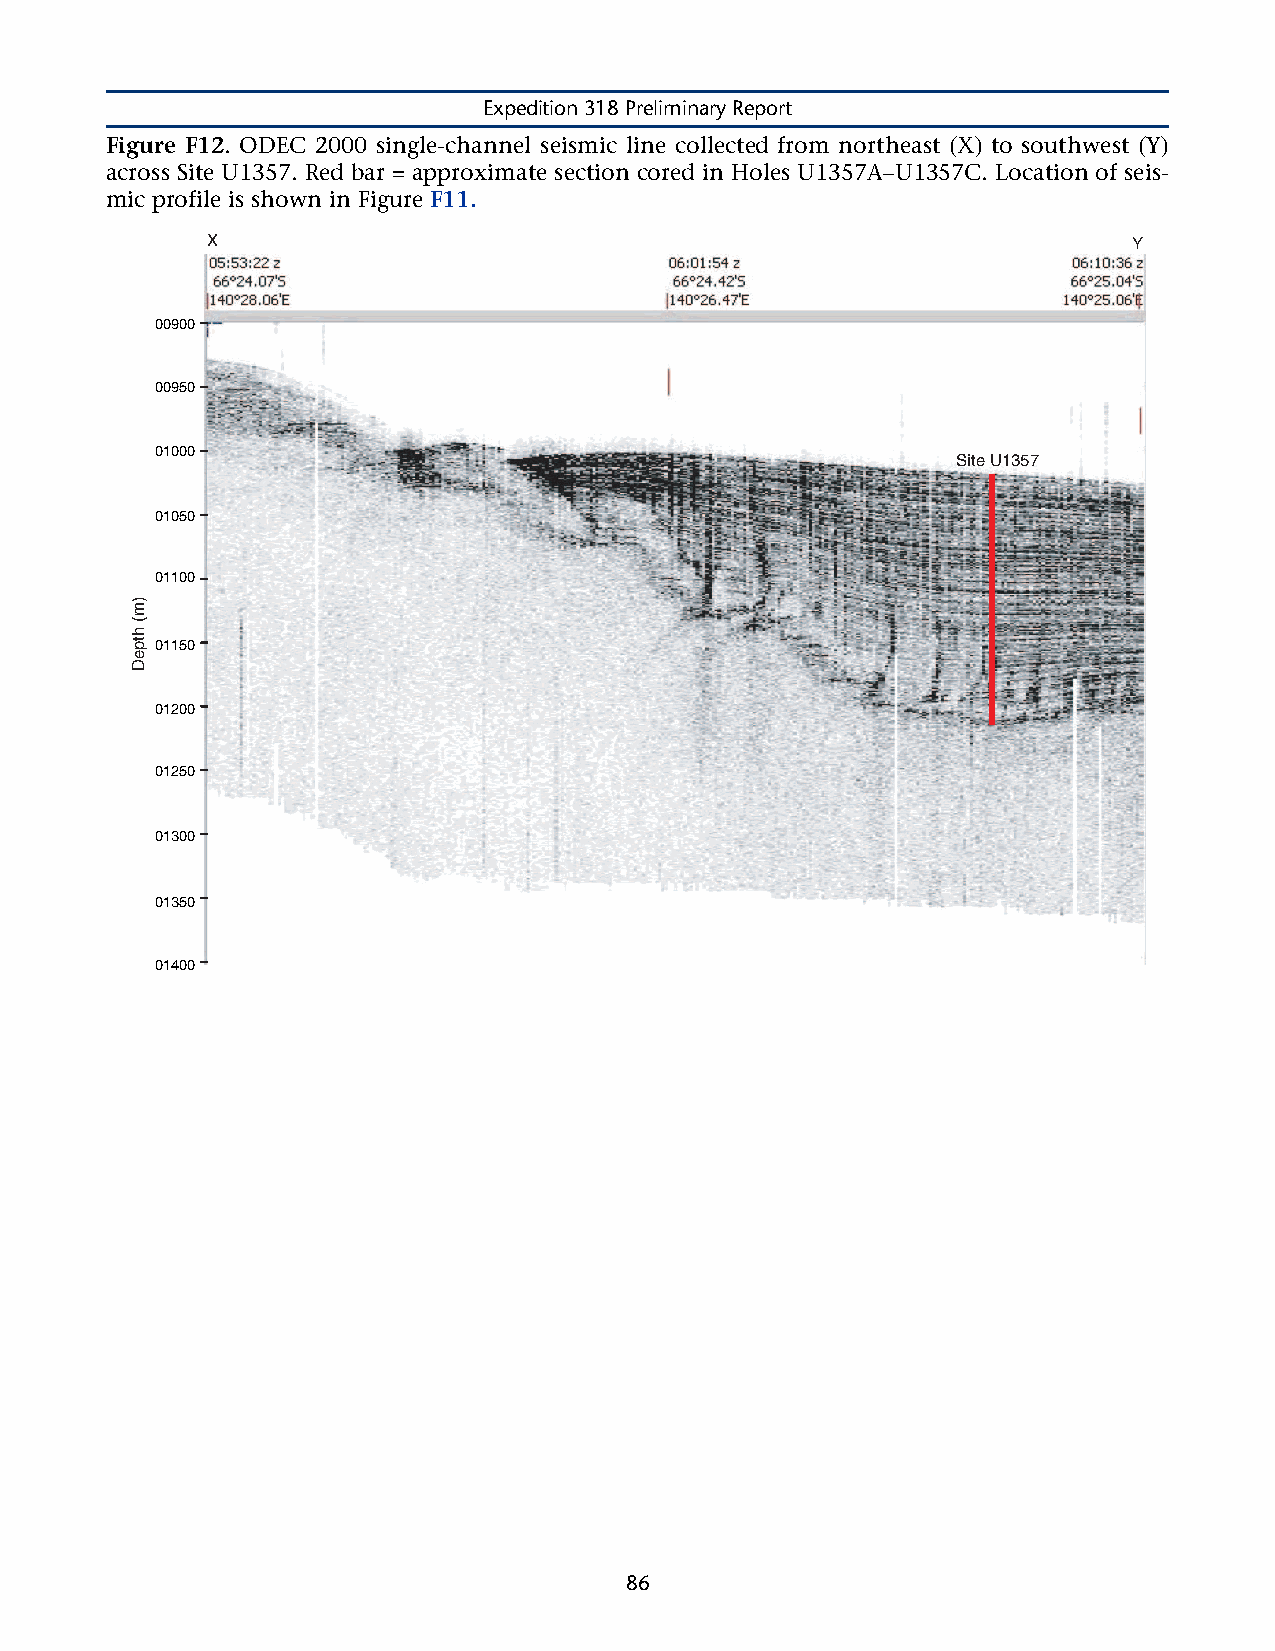
Expedition 318 Preliminary Report
 Figure F12. ODEC 2000 single-channel seismic line collected from northeast (X) to southwest (Y)
 across Site U1357. Red bar = approximate section cored in Holes U1357A–U1357C. Location of seis-
 mic profile is shown in Figure F11.
 X                                                            Y
 00900
 00950
 Site
 U1357
 01000
 Site U1357
 01050
 01100
 01150
 01200
 01250
 01300
 01350
 01400
 86
 )m(
 htpeD